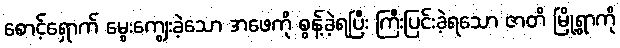
စောင့်ရှောက် မွေးကျွေးခဲ့သော အဖေကို စွန့်ခဲ့ရပြီး ကြီးပြင်းခဲ့ရသော ဇာတိ မြို့ရွာကို